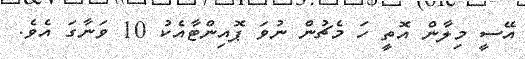
އޭސީ މިލާން އޮތީ ހަ މެޗުން ނުވަ ޕޮއިންޓާއެކު 10 ވަނާގަ އެވެ.